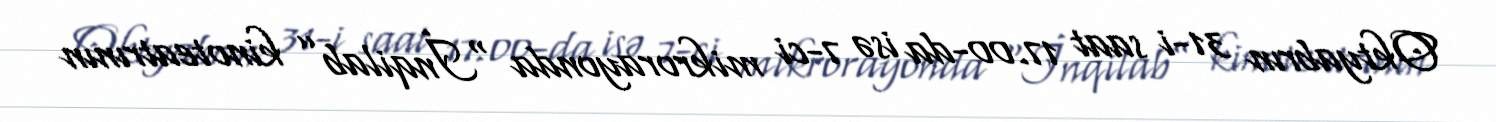
Oktyabrın 31-i saat 17.00-da isə 7-ci mikrorayonda “İnqilab” kinoteatrının